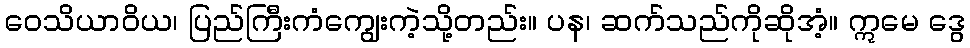
ဝေသိယာဝိယ၊ ပြည်ကြီးကံကျွေးကဲ့သို့တည်း။ ပန၊ ဆက်သည်ကိုဆိုအံ့။ ဣမေ ဒွေ